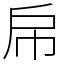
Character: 帍